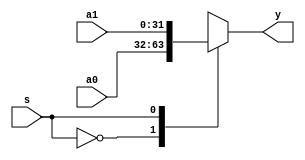
module mux2x32 (a0, a1, s, y);
	input [31:0] a0, a1;
	input s;
	output [31:0] y;
	
	reg [31:0] y;	
	always @ * begin
		case (s)
			1'b0: y = a0;
			1'b1: y = a1;
		endcase
	end
endmodule